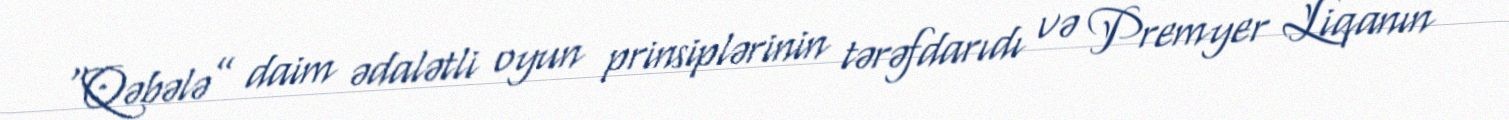
“Qəbələ” daim ədalətli oyun prinsiplərinin tərəfdarıdı və Premyer Liqanın